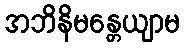
အဘိနိမန္တေယျာမ